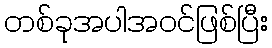
တစ်ခုအပါအဝင်ဖြစ်ပြီး